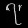
Digit: ၇